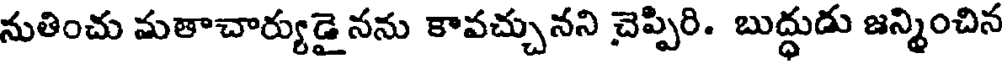
నుతించు మతాచార్యుడై నను కావచ్చునని చెప్పిరి. బుద్ధుడు జన్మించిన